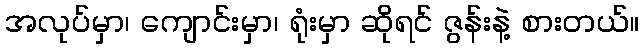
အလုပ်မှာ၊ ကျောင်းမှာ၊ ရုံးမှာ ဆိုရင် ဇွန်းနဲ့ စားတယ်။